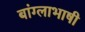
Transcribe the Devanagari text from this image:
बांग्‍लाभाषी